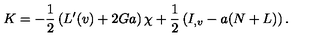
K = - \frac { 1 } { 2 } \left( L ^ { \prime } ( v ) + 2 G a \right) \chi + \frac { 1 } { 2 } \left( I _ { , v } - a ( N + L ) \right) .